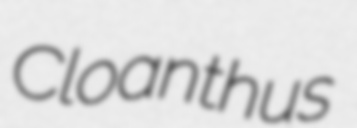
Cloanthus